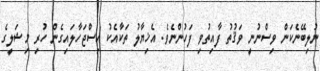
ނުލިބޭނެކަން ވިސްނުނީ ވަޤުތު ފާއިތުވި ފަހުންނެވެ. އެޚިޔާލު ތަކާއެކު އިސްޖަހާލައިގެން ހުރި މިޝަލީގެ